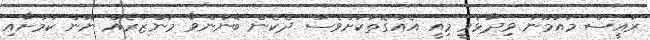
ރައީސް މައުމޫނު ވިދާޅުވީ މިއީ އެއްގޮތަކަށްވެސް ދެކެން ބޭނުންވާ މަންޒަރެއް ނޫން ކަމަށާއި